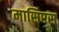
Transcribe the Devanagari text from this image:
मासिएस